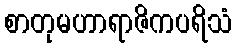
စာတုမဟာရာဇိကပရိသံ